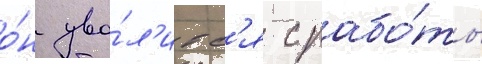
о́н уво́л'итс'я с рабо́ты